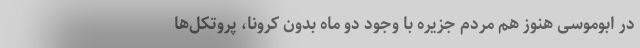
در ابوموسی هنوز هم مردم جزیره با وجود دو ماه بدون کرونا، پروتکل‌ها